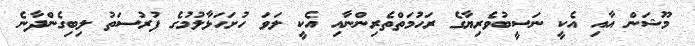
މޫޝަން އާއި އެކީ ނަސީބުވެރިޔާގެ ރަހުމަތްތެރިންނާއި އެކީި ލަވަ ހުށަހަޅާލުމުގެ ފުރުސަތު ލިބިގެންދާނެ